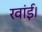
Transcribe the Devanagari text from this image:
रवांई।